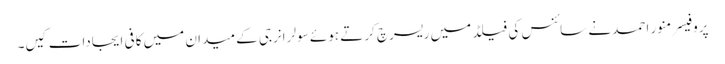
پروفیسر منور احمد نے سائنس کی فیلڈ میں ریسرچ کرتے ہوئے سولر انرجی کے میدان میں کافی ایجادات کیں۔